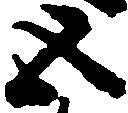
五